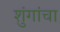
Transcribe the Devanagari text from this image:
शुंगांचा